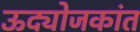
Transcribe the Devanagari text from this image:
ऊद्योजकांत